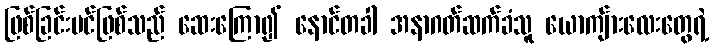
ဖြစ်ခြင်းပင်ဖြစ်သည် ဆေးကြော၍ နောင်တခါ အနာဂတ်ဆက်ခံသူ ယောကျ်ားလေးတွေရဲ့